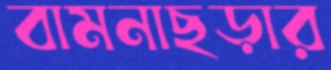
বামনাছড়ার